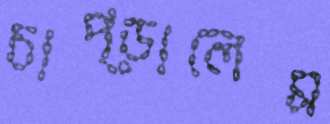
চাপ্‌ড়ালেম